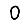
Digit: 0